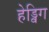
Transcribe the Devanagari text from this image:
हेड्विग